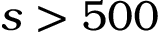
s > 5 0 0